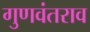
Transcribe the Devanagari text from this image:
गुणवंतराव